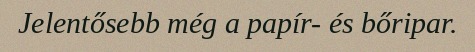
Jelentősebb még a papír- és bőripar.